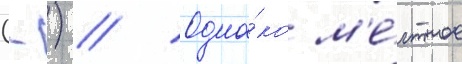
(-) // Одна́ко м'е́стное